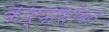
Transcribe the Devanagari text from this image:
कार्यांसोबत